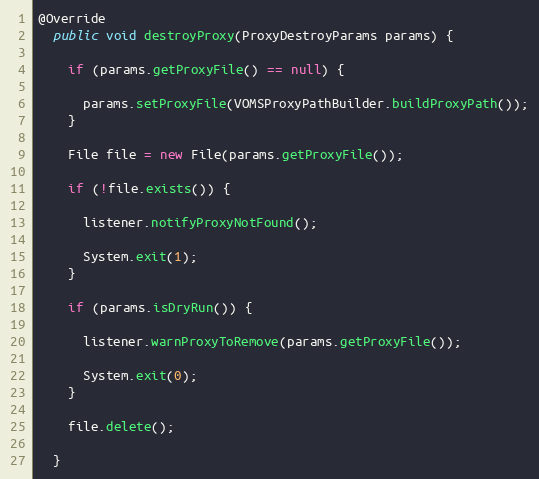
Language: Java
@Override
  public void destroyProxy(ProxyDestroyParams params) {

    if (params.getProxyFile() == null) {

      params.setProxyFile(VOMSProxyPathBuilder.buildProxyPath());
    }

    File file = new File(params.getProxyFile());

    if (!file.exists()) {

      listener.notifyProxyNotFound();

      System.exit(1);
    }

    if (params.isDryRun()) {

      listener.warnProxyToRemove(params.getProxyFile());

      System.exit(0);
    }

    file.delete();

  }